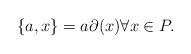
LaTeX: \begin{align*}\{a, x \} = a \partial(x) \forall x \in P.\end{align*}